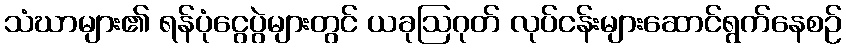
သံဃာများ၏ ရန်ပုံငွေပွဲများတွင် ယခုဩဂုတ် လုပ်ငန်းများဆောင်ရွက်နေစဉ်